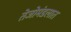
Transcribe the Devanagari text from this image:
तेजोमंडलात